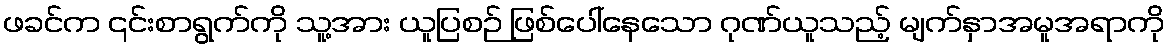
ဖခင်က ၎င်းစာရွက်ကို သူ့အား ယူပြစဉ် ဖြစ်ပေါ်နေသော ဂုဏ်ယူသည့် မျက်နှာအမူအရာကို